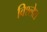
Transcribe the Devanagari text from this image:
विश्लेश